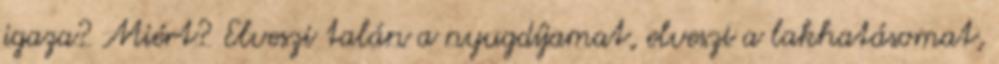
igaza? Miért? Elveszi talán a nyugdíjamat, elveszi a lakhatásomat,